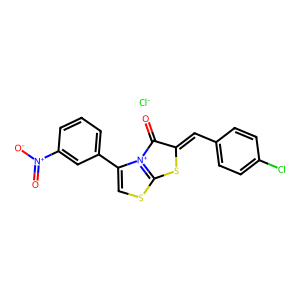
SMILES: O=C1C(=Cc2ccc(Cl)cc2)Sc2scc(-c3cccc([N+](=O)[O-])c3)[n+]21.[Cl-]
Inhibits HIV replication: No